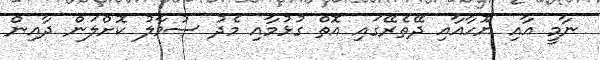
ނާމީ އާއި ޔޫހާއާއި ދޭތެރޭގައި އޮތް ގުޅުމާއި މެދު ސުވާލު ކޮށްލަން ދާއިން